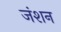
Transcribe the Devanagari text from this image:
जंशन